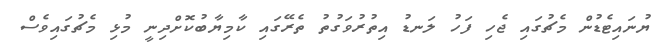
ޔުނައިޓެޑުން މެޗުގައި ޖެހި ފަހު ލަނޑު އިތުރުވަގުތު ތެރޭގައި ކާމިޔާބުކޮށްދިނީ މުޅި މެޗުގައިވެސް